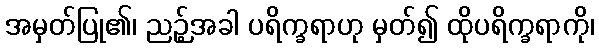
အမှတ်ပြု၏၊ ညဉ့်အခါ ပရိက္ခရာဟု မှတ်၍ ထိုပရိက္ခရာကို၊